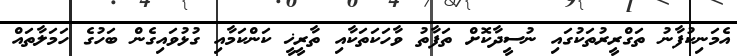
އެމަނިކުފާނު ތަގްރީރުތަކުގައި ނުސީދާކޮށް ތަފާތު ވާހަކަތަކާއި ތާރީޚީ ކަންކަމާއި ގުޅުވައިގެން ބަހުގެ ހަމަލާތައް